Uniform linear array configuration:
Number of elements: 8
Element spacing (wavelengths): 0.75
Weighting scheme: cosine
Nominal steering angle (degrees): -15
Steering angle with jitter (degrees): -15.75
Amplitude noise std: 0.05
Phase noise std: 0.05

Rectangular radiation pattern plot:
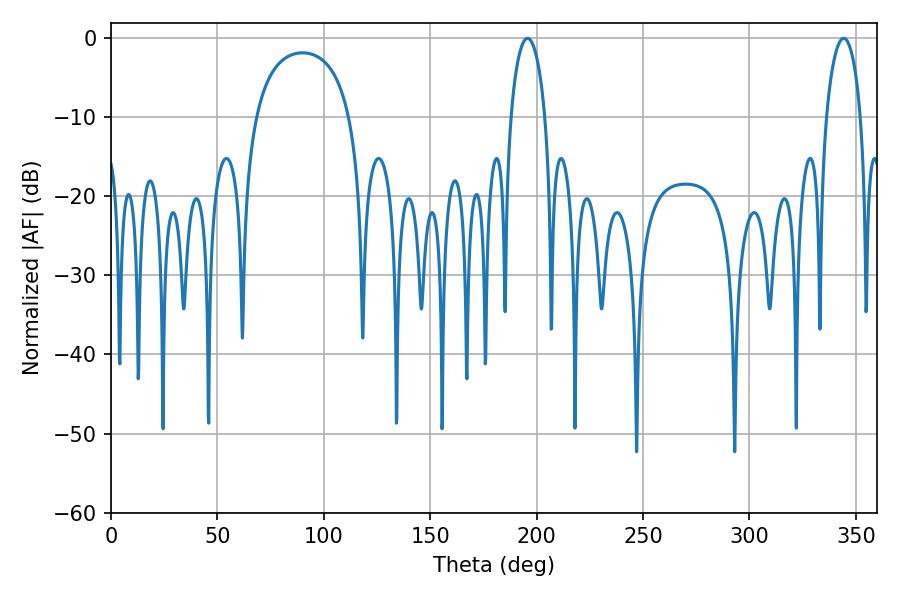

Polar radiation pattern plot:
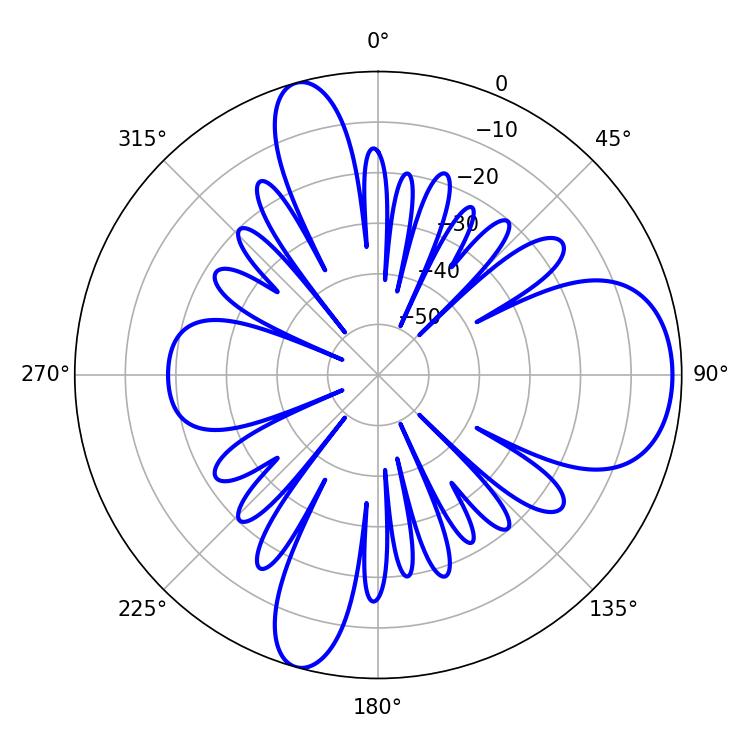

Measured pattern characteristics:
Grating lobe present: TRUE
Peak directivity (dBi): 9.136
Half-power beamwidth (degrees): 9.18
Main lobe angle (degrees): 195.66